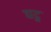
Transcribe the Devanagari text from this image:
घट्न